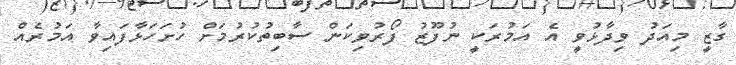
ގާޒީ މިއަދު ވިދާޅުވީ އެ އަމުރަކީ ނުފޫޒު ފޯރުވިކަން ސާބިތުކުރުމަށް ހުށަހަޅާފައިވާ އަމުރެއް